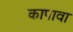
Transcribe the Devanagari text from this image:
कापावा